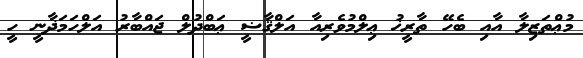
މުޢްތަޒިލާ އާއި ބެހޭ ތާރީޚު ޢިލްމުވެރިއާ އަލްޤާޟީ ޢަބްދުލް ޖައްބާރު އަލްހަމަޛާނީ ހީ